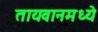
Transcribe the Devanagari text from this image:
तायवानमध्ये